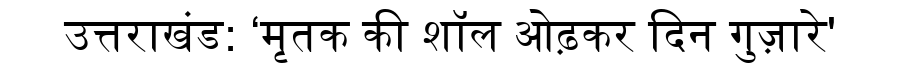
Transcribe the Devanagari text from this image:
उत्तराखंड: ‘मृतक की शॉल ओढ़कर दिन गुज़ारे'